Vaccination in Bombay 1863-1868 - 1863-1868
Year: 1863
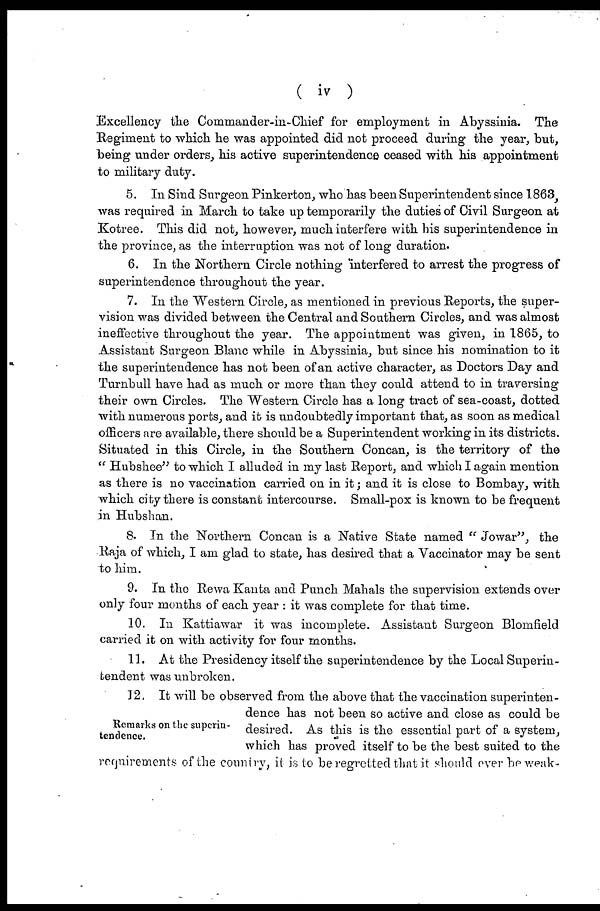
( iv )
Excellency the Commander-in-Chief for employment in Abyssinia. The
Regiment to which he was appointed did not proceed during the year, but,
being under orders, his active superintendence ceased with his appointment
to military duty.
5. In Sind Surgeon Pinkerton, who has been Superintendent since 1863,
was required in March to take up temporarily the duties of Civil Surgeon at
Kotree. This did not, however, much interfere with his superintendence in
the province, as the interruption was not of long duration.
6. In the Northern Circle nothing interfered to arrest the progress of
superintendence throughout the year.
7. In the Western Circle, as mentioned in previous Reports, the super-
vision was divided between the Central and Southern Circles, and was almost
ineffective throughout the year. The appointment was given, in 1865, to
Assistant Surgeon Blanc while in Abyssinia, but since his nomination to it
the superintendence has not been of an active character, as Doctors Day and
Turnbull have had as much or more than they could attend to in traversing
their own Circles. The Western Circle has a long tract of sea-coast, dotted
with numerous ports, and it is undoubtedly important that, as soon as medical
officers are available, there should be a Superintendent working in its districts.
Situated in this Circle, in the Southern Concan, is the territory of the
" Hubshee" to which I alluded in my last Report, and which I again mention
as there is no vaccination carried on in it; and it is close to Bombay, with
which city there is constant intercourse. Small-pox is known to be frequent
in Hubshan.
8. In the Northern Concan is a Native State named " Jowar", the
Raja of which, I am glad to state, has desired that a Vaccinator may be sent
to him.
9. In the Rewa Kanta and Punch Mahals the supervision extends over
only four months of each year : it was complete for that time.
10. In Kattiawar it was incomplete. Assistant Surgeon Blomfield
carried it on with activity for four months.
11. At the Presidency itself the superintendence by the Local Superin-
tendent was unbroken.
Remarks on the superin-
tendence.
12. It will be observed from the above that the vaccination superinten-
dence has not been so active and close as could be
desired. As this is the essential part of a system,
which has proved itself to be the best suited to the
requirements of the country, it is to be regretted that it should over be weak